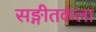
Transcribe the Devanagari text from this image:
सङ्गीतकला